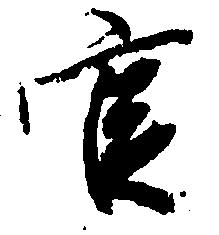
官